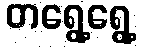
တရွေ့ရွေ့